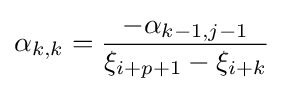
\alpha _{k,k}={\frac {-\alpha _{k-1,j-1}}{\xi _{i+p+1}-\xi _{i+k}}}